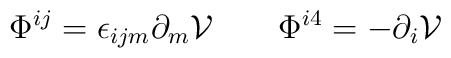
\Phi^{ij} =    \epsilon_{ijm} \partial _m{\cal V}  \qquad   \Phi^{i4} = -\partial _i {\cal V}